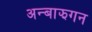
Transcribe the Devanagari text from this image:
अन्बाझगन